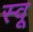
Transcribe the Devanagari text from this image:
स्वू